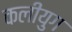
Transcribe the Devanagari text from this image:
कलीयुग